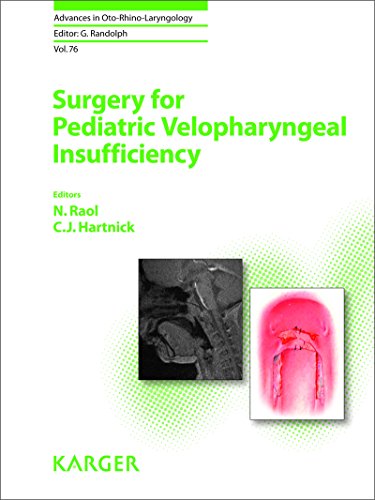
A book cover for Surgery for Pediatric Velopharyngeal Insufficiency (Advances in Oto-Rhino-Laryngology, Vol. 76); Medical Books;